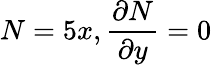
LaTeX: N=5x,{\frac{\partial N}{\partial y}}=0